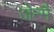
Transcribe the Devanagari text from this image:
जेन्मै